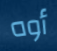
أوه